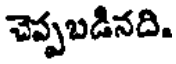
చెప్పబడినది.